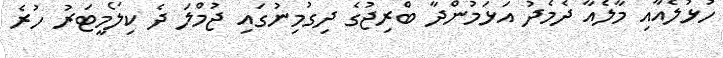
ހުޅުލެއާއި މާލެއާ ދެމެދު އަޅަމުންދާ ބްރިޖުގެ ދިގުމިނުގައި ޖުމްލަ ދެ ކިލޯމީޓަރު ހުރެ